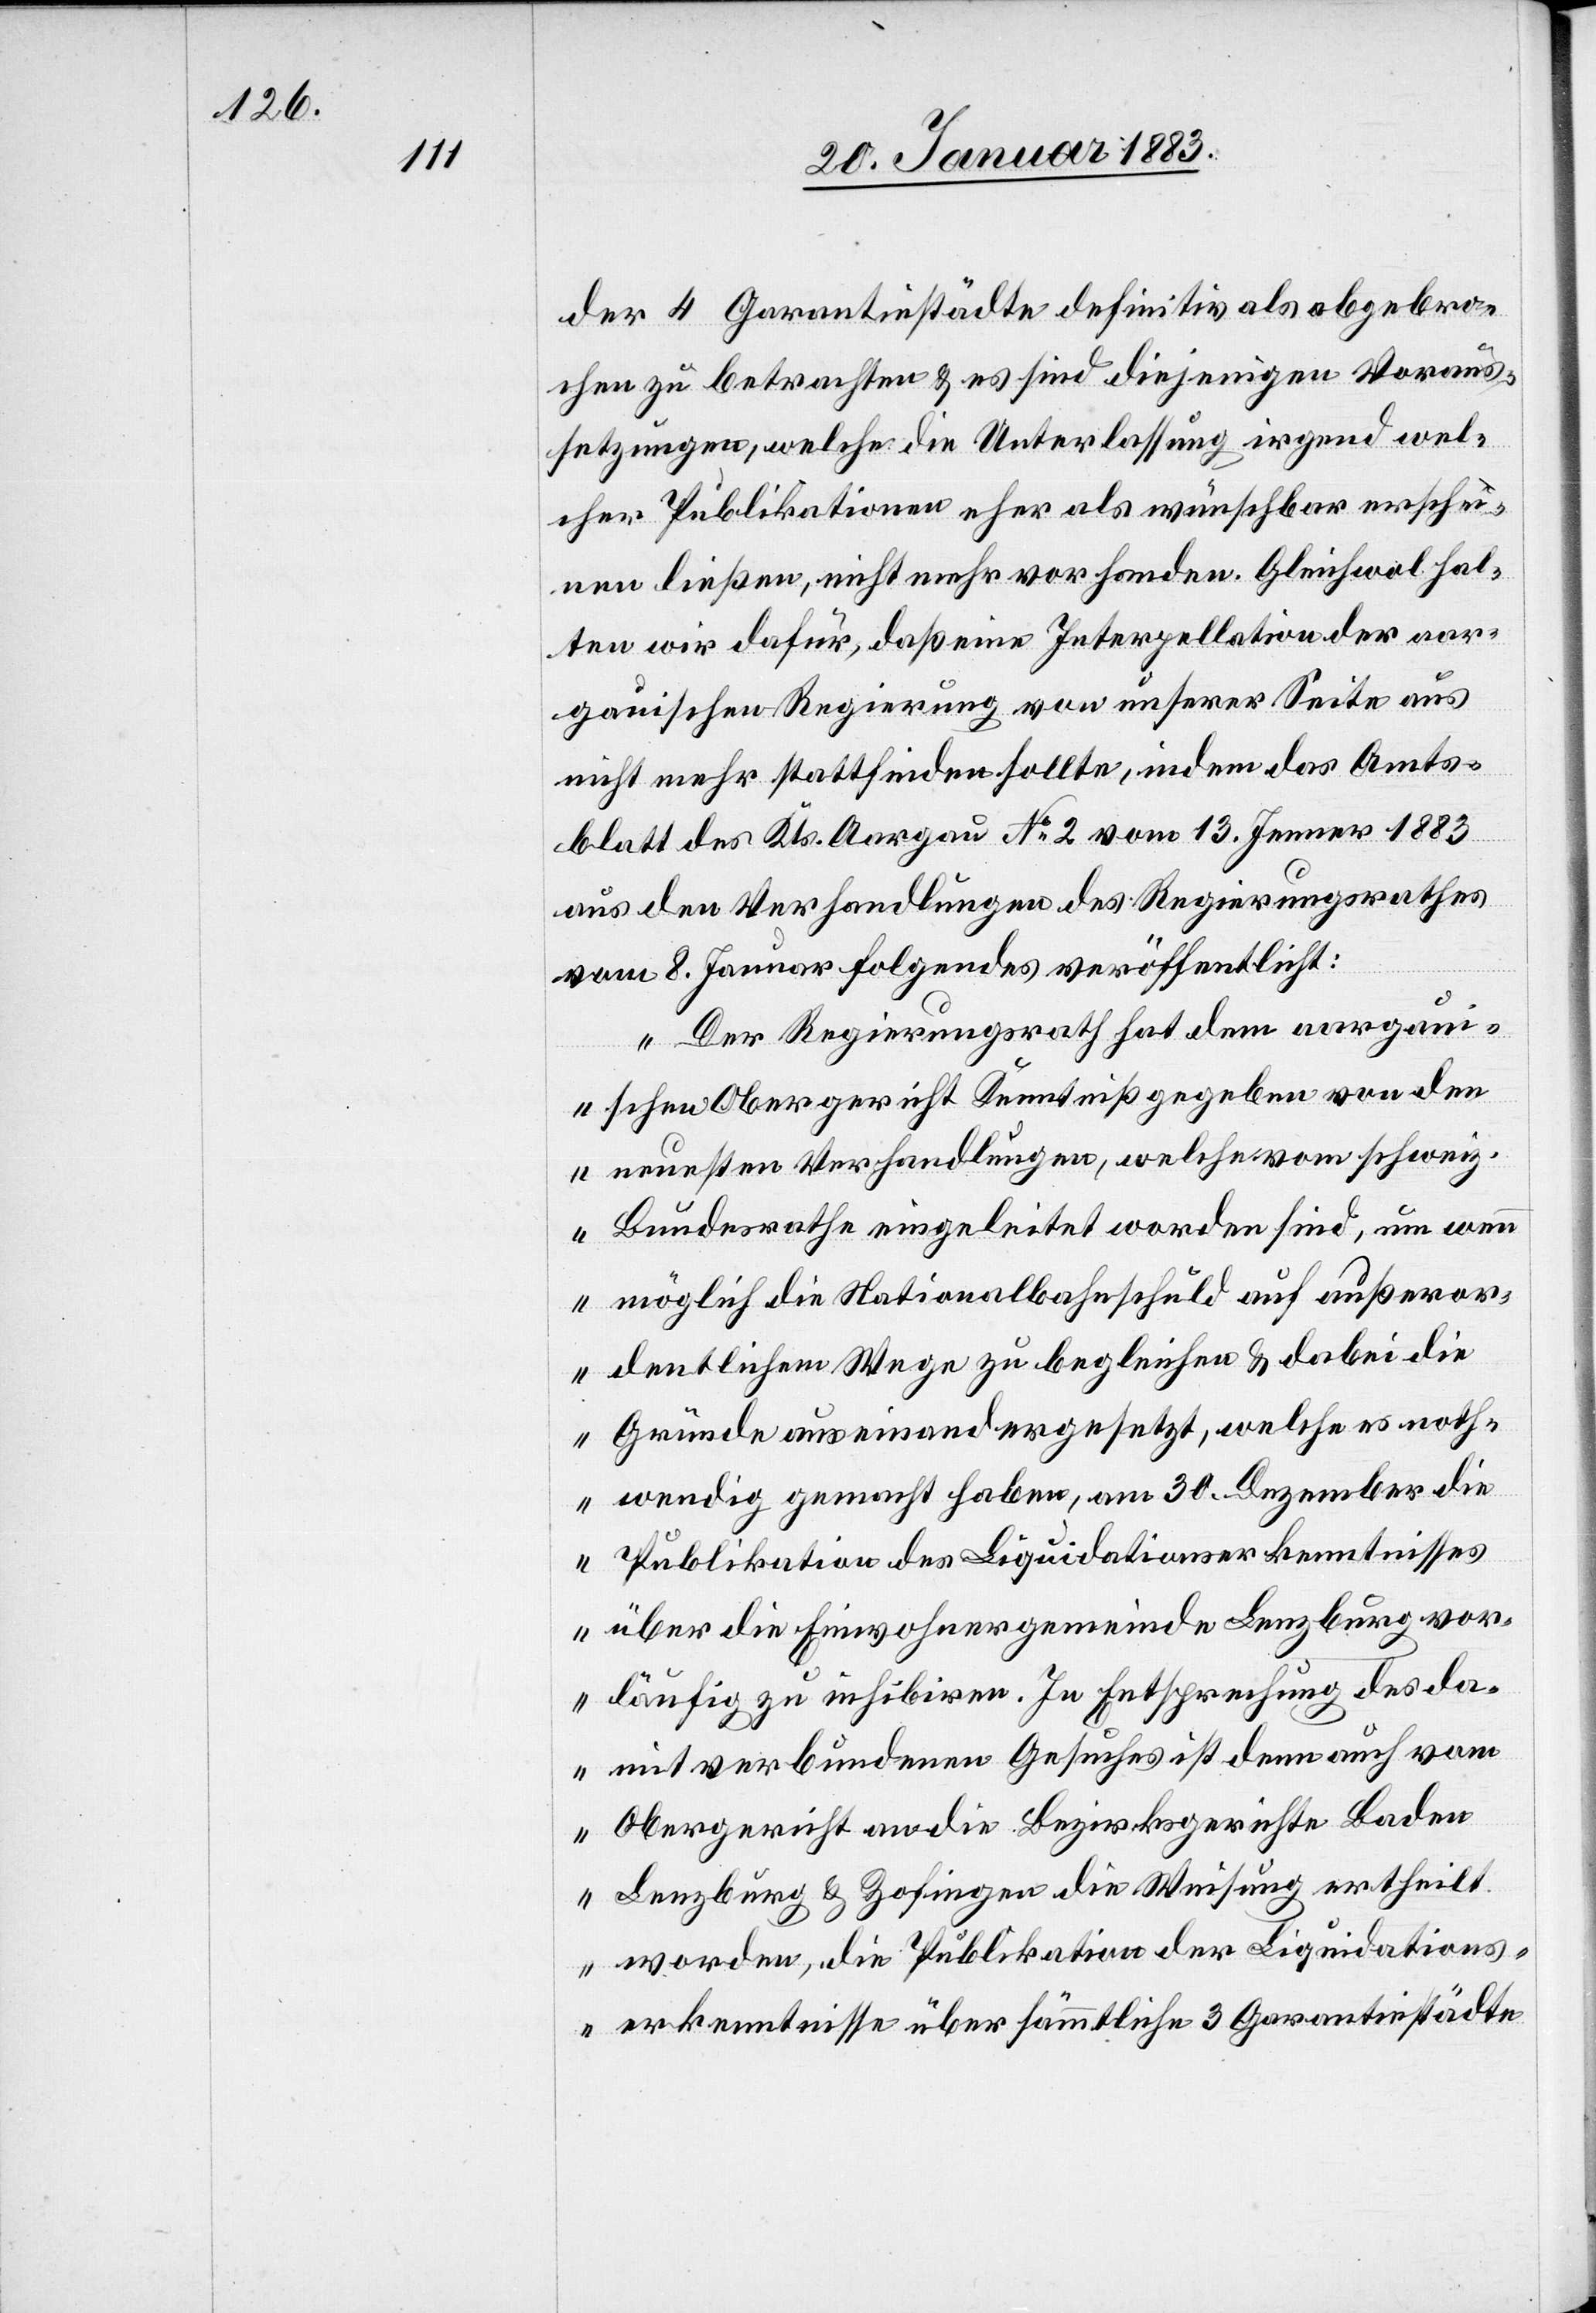
der 4 Garantiestädte definitiv als abgebro¬
chen zu betrachten & es sind diejenigen Voraus¬
setzungen, welche die Unterlassung irgend wel¬
cher Publikationen eher als wünschbar erschei¬
nen ließen, nicht mehr vorhanden. Gleichwol hal¬
ten wir dafür, daß eine Interpellation der aar¬
gauischen Regierung von unserer Seite aus
nicht mehr stattfinden sollte, indem das Amts¬
blatt des Kts. Aargau No 2 vom 13. Jenner 1883
aus den Verhandlungen des Regierungsrathes
vom 8. Januar Folgendes veröffentlicht:
„Der Regierungsrath hat dem aargaui¬
schen Obergericht Kenntniß gegeben von den
neuesten Verhandlungen, welche vom schweiz.
Bundesrathe eingeleitet worden sind, um wen¬
n möglich die Nationalbahnschuld auf außeror¬
dentlichem Wege zu begleichen & dabei die
Gründe auseindandergesetzt, welche es noth¬
wendig gemacht haben, am 30. Dezember die
Publikation des Liquidationserkenntnisses
über die Einwohnergemeinde Lenzburg vor¬
läufig zu inhibiren. In Entsprechung des da¬
mit verbundenen Gesuches ist denn auch vom
Obergericht an die Bezirksgerichte Baden
Lenzburg & Zofingen die Weisung ertheilt
worden, die Publikation der Liquidations¬
erkenntnisse über sämmtliche 3 Garantiestädte